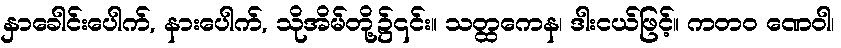
နှာခေါင်းပေါက်, နားပေါက်, သိုအိမ်တို့၌၎င်း။ သတ္ထကေန၊ ဒါးငယ်ဖြင့်။ ကတဝ ဏေဝါ၊